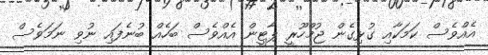
އެއްވެސް ކަމަކާއި ގުޅިގެން ޖުމްހޫރީ ޕާޓީން އެއްވެސް ބަހެއް ބުނެފައި ނުވި ނަމަވެސް